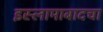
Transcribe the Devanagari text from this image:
इस्लामाबादचा